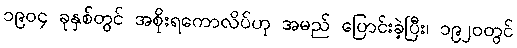
၁၉၀၄ ခုနှစ်တွင် အစိုးရကောလိပ်ဟု အမည် ပြောင်းခဲ့ပြီး၊ ၁၉၂၀တွင်